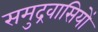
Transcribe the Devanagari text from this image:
समुद्रवासियों